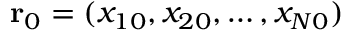
\mathbf { r } _ { 0 } = ( x _ { 1 0 } , x _ { 2 0 } , \dots , x _ { N 0 } )